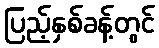
ပြည့်နှစ်ခန့်တွင်